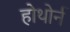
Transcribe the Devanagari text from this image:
होथोर्न